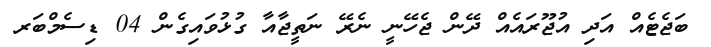
ބަޖެޓެއް އަދި އުޖޫރައެއް ދޭން ޖެހޭނީ ނެރޭ ނަތީޖާއާ ގުޅުވައިގެން 04 ޑިސެމްބަރ